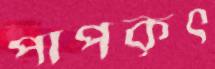
পাপকৃৎ